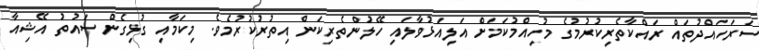
ސަރަހައްދުތައް ރައްކާތެރިކުރުމުގެ މުހިއްމުކަމަށް އަލިއަޅުވާލައި ހޭލުންތެރިކަން އިތުރުކުރުމެވެ. މިކަމާއި ގުޅިގެން ސައުތު އޭޝިއާ